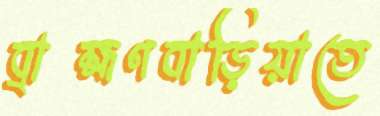
ব্রাহ্মণবাড়িয়াতে